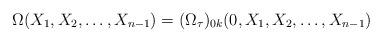
LaTeX: \begin{align*}\Omega(X_1,X_2,\ldots,X_{n-1})=(\Omega_{\tau})_{0k}(0,X_1,X_2,\ldots,X_{n-1})\end{align*}